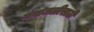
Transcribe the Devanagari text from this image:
गंगाजळीसाठी